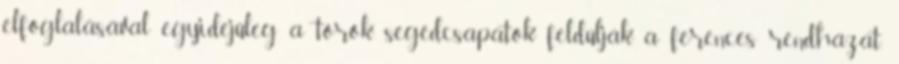
elfoglalásával egyidejűleg a török segédcsapatok feldúlják a ferences rendházat.